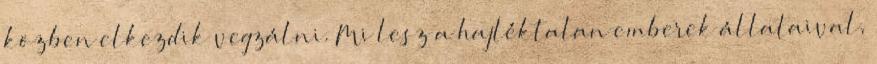
közben elkezdik vegzálni. Mi lesz a hajléktalan emberek állataival,